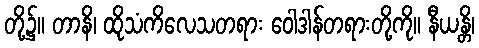
တို့၌။ တာနိ၊ ထိုသံကိလေသတရား ဝေါဒါန်တရားတို့ကို။ နီယန္တိ၊